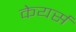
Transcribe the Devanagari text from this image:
केयर्स